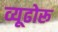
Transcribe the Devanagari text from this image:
व्यूढोरू